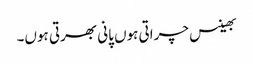
بھینس چراتی ہوں پانی بھرتی ہوں۔